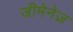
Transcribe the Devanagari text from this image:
जीमेनेज़